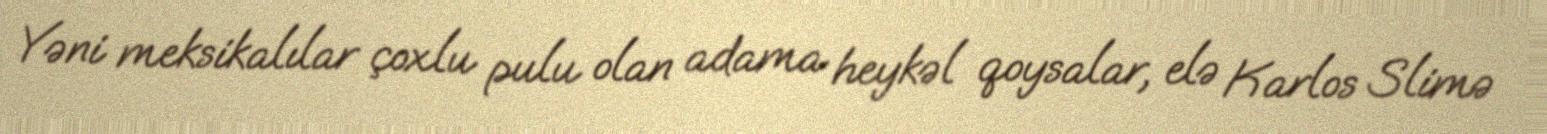
Yəni meksikalılar çoxlu pulu olan adama heykəl qoysalar, elə Karlos Slimə